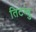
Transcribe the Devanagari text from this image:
तिटम्बु